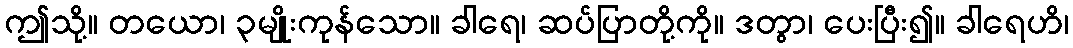
ဤသို့။ တယော၊ ၃မျိုးကုန်သော။ ခါရေ၊ ဆပ်ပြာတို့ကို။ ဒတွာ၊ ပေးပြီး၍။ ခါရေဟိ၊